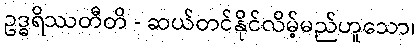
ဥဒ္ဓရိဿတီတိ - ဆယ်တင်နိုင်လိမ့်မည်ဟူသော၊